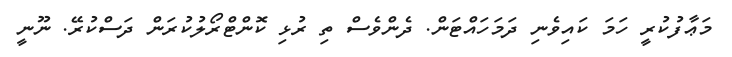
މަޢާފުކުރީ ހަމަ ކައިވެނި ދަމަހައްޓަން. ދެންވެސް ތި ރުޅި ކޮންޓްރޯލުކުރަން ދަސްކުރޭ. ނޫނީ